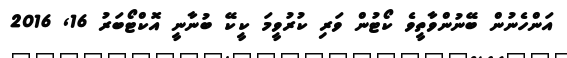
އަންހެނުން ބޭނުންވާތީވެ ކޯޓުން ވަރި ކުރުވީމަ ކީކޭ ބުނާނީ އޮކްޓޯބަރު 16